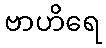
ဗာဟိရေ